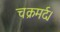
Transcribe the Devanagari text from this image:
चक्रमर्द।